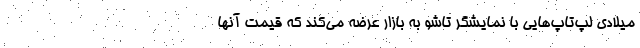
میلادی لپ‌تاپ‌هایی با نمایشگر تاشو به بازار عرضه می‌کند که قیمت آنها